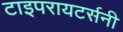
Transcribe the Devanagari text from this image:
टाइपरायटर्सनी